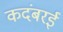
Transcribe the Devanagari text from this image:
कदंबरई